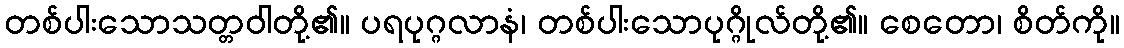
တစ်ပါးသောသတ္တဝါတို့၏။ ပရပုဂ္ဂလာနံ၊ တစ်ပါးသောပုဂ္ဂိုလ်တို့၏။ စေတော၊ စိတ်ကို။